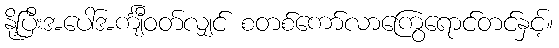
နို့ပြီးအပေါ်အင်္ကျီဝတ်လျှင် စတစ်ကော်လာကြွေရောင်တင်နှင့်။